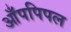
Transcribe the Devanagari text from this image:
आँपपिपल